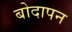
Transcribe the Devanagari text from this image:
बोदापन